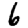
Digit: 6